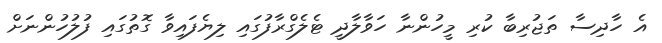
އެ ހާދިސާ ތަޖުރިބާ ކުރި މީހުންނާ ހަވާލާދީ ޓެލެގްރާފުގައި ލިޔެފައިވާ ގޮތުގައި ފުލުހުންނަށް